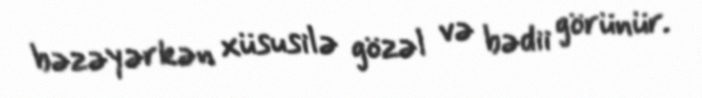
bəzəyərkən xüsusilə gözəl və bədii görünür.